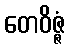
တေဝိဇ္ဇံ